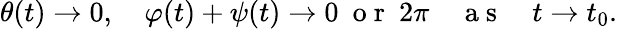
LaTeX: \begin{array}{r}{\theta(t)\rightarrow 0,\quad\varphi(t)+\psi(t)\rightarrow 0~\mathrm{~o~r~}~2\pi\quad\mathrm{~a~s~}\quad t\rightarrow t_{0}.}\end{array}